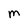
Character: M